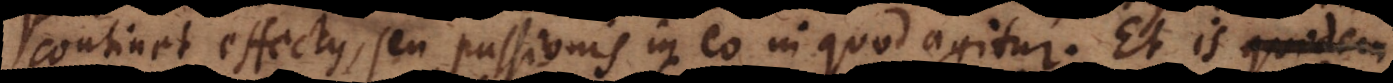
continet effectus, seu passionis in eo in quod agitur. Et is quidem